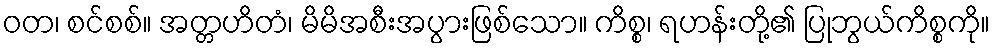
ဝတ၊ စင်စစ်။ အတ္တဟိတံ၊ မိမိအစီးအပွားဖြစ်သော။ ကိစ္စ၊ ရဟန်းတို့၏ ပြုဘွယ်ကိစ္စကို။